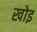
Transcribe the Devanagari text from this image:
खोइ